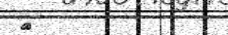
٨